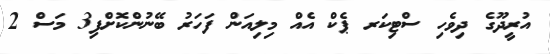
އުރީދޫގެ ދިވެހި ސްޓިކަރ ޕެކް އެއް މިލިއަން ފަހަރު ބޭނުންކޮށްފި3 މަސް 2